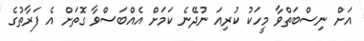
އަށް ނިސްބަތްވާ މީހަކު ކުރިއަ ނުދޭނެ ކަމަށް އެއްބަސްވާ ގޮތަށް އެ ފަރާތުގެ